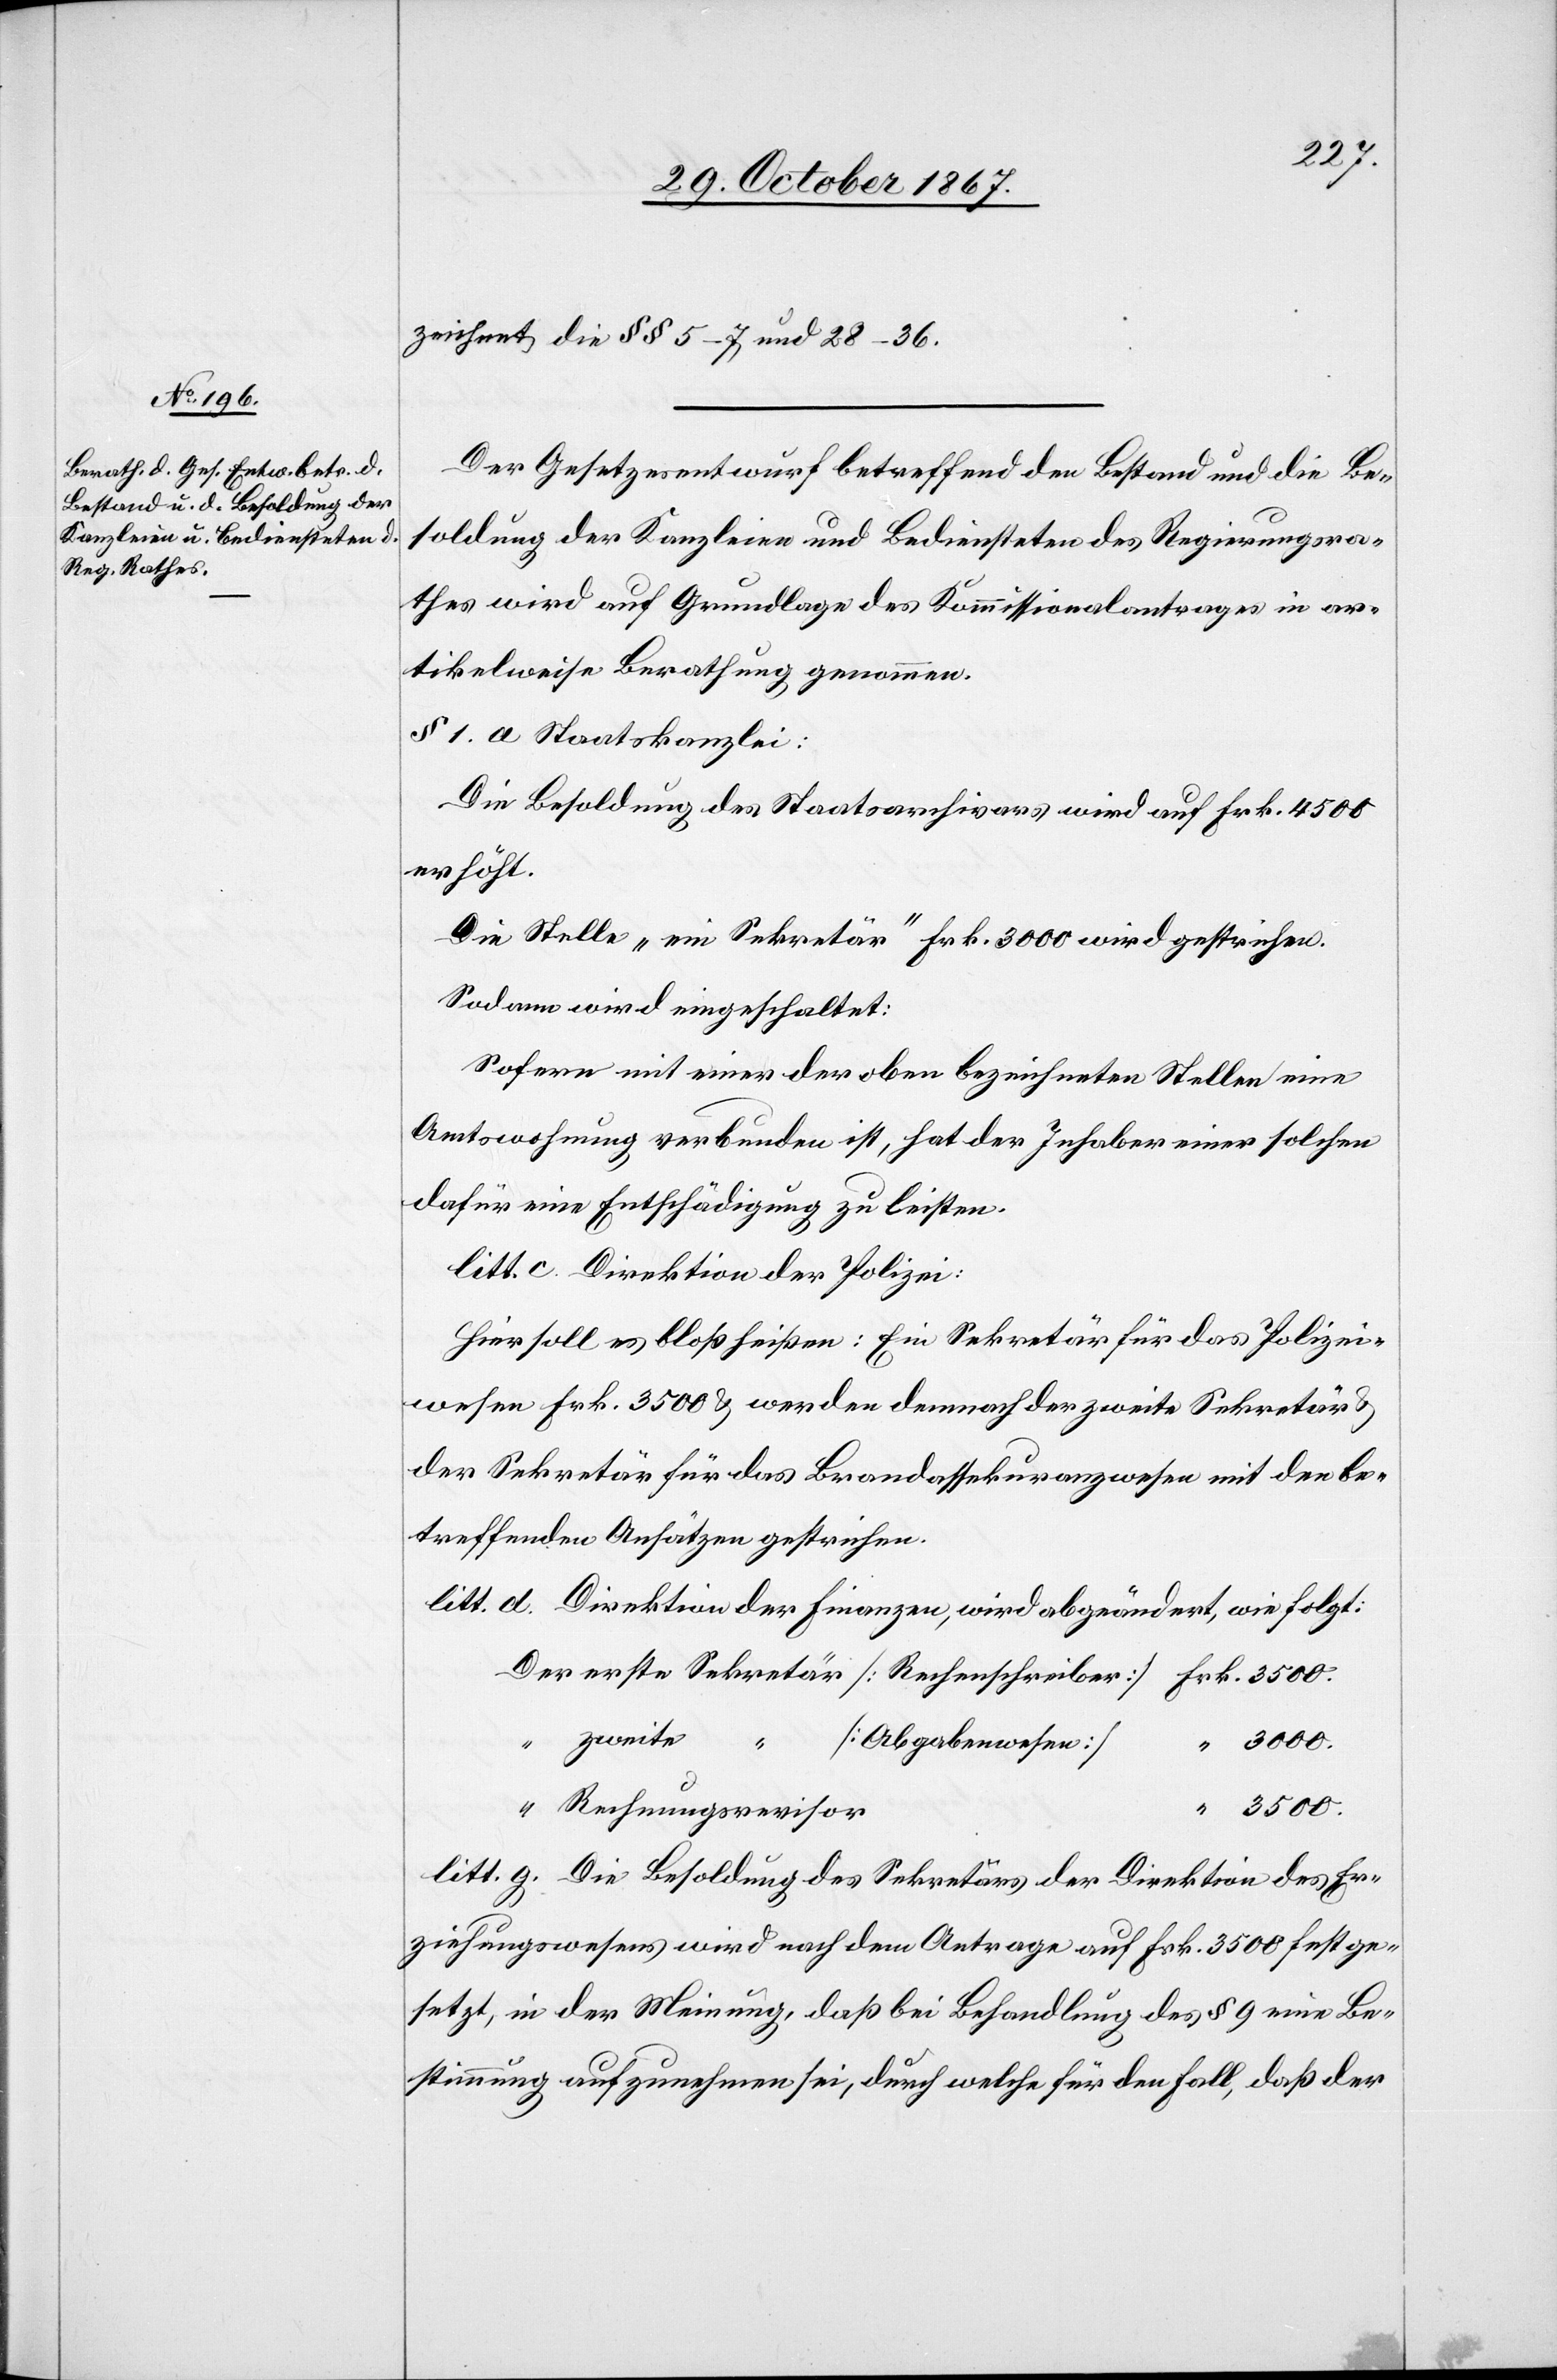
zeichnet die §§ 5–7 und 28–36.
Der Gesetzesentwurf betreffend den Bestand und die Be¬
soldung der Kanzleien und Bediensteten des Regierungsra¬
thes wird auf Grundlage des Kommissionalantrages in ar¬
tikelweise Berathung genommen.
§ 1. a Staatskanzlei:
Die Besoldung des Staatsarchivars wird auf Frk. 4500
erhöht.
Die Stelle „ein Sekretär“ Frk. 3000 wird gestrichen.
Sodann wird eingeschaltet:
Sofern mit einer der oben bezeichneten Stellen eine
Amtswohnung verbunden ist, hat der Inhaber einer solchen
dafür eine Entschädigung zu leisten.
litt. c. Direktion der Polizei:
Hier soll es bloß heißen: Ein Sekretär für das Polizei¬
wesen Frk. 3500 u. werden demnach der zweite Sekretär u.
der Sekretär für das Brandassekuranzwesen mit den be¬
treffenden Ansätzen gestrichen.
litt. d. Direktion der Finanzen, wird abgeändert, wie folgt:
[Abgabenwesen]
“
Rechnungsrevisor
litt. g. Die Besoldung des Sekretärs der Direktion des Er¬
ziehungswesens wird nach dem Antrage auf Frk. 3500 festge¬
setzt, in der Meinung, daß bei Behandlung des § 9 eine Be¬
stimmung aufzunehmen sei, durch welche für den Fall, daß der